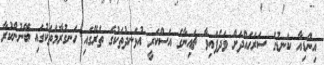
އިންޑިއާ ކަނޑުގެ ސަރަހައްދަށް ވަދެފައިވާ ޗައިނާގެ އަސްކަރީ އުޅަނދުތަކުގެ ތެރޭގައި ހަނގުރާމަތަކުގައި ބޭނުންކުރާ